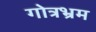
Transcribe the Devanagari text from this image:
गोत्रभ्रम